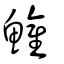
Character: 鱹